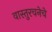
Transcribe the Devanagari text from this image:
वास्तुरचनेचे